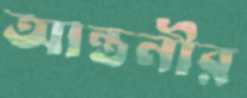
আন্তনীর